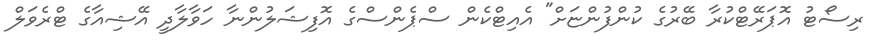
ރިސޯޓު އޮޕަރޭޓްކުރާ ބޭރުގެ ކުންފުންޏަށް" އެއިޓްކެން ސްޕެންސްގެ އޮފިޝަލުންނާ ހަވާލާދީ އޭޝިއާގެ ޓްރެވަލް